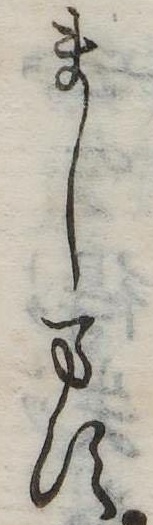
まします